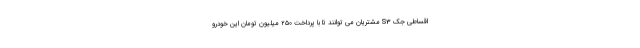
اقساطی جک S3 مشتریان می توانند تا با پرداخت ۲۵۰ میلیون تومان این خودرو